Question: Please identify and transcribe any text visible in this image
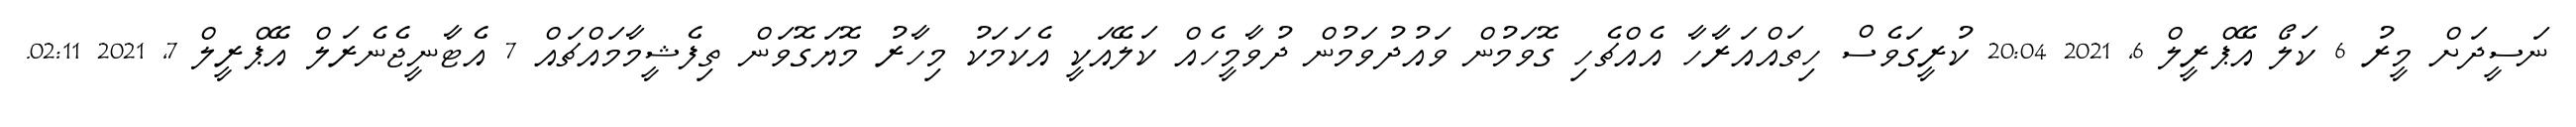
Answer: ނަސީދަށް މީރު 6 ކަލޯ އޭޕްރީލް 6, 2021 20:04 ކުރީގަވެސް ހިތައްއަރާހާ އެއްޗެހި ގޮވަމުން ވައުދުވަމުން ދުވާމީހެއް ކަލޭއަކީ އެކަމަކު މިހާރު މޮޔަގޮވަން ތިފެޝީމާމައްޗައް 7 އެޓާނީޖެނެރަލް އޭޕްރީލް 7, 2021 02:11.